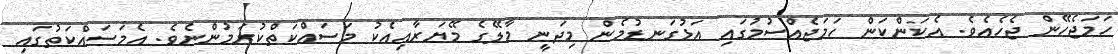
ހަމަޖެހޭން ޖެހެއެވެ. އެކަންކަން ހަމަޖެއްސުމުގައި އަޅުގަނޑުމެން މިދަނީ މާލޭގެ މޭޔަރާއިއެކު މަސައްކަތްކުރަމުންނެވެ. އެމަސައްކަތުގައި